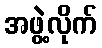
အဖွဲ့လိုက်